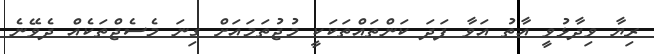
ރިޔާ ވިދާޅުވީ އާތު އަވާ ފަދަ ކަންތައްތަކަކީ މުޖުތަމައަށް ގިނަ މެސެޖްތަކެއް ދެވޭނެ